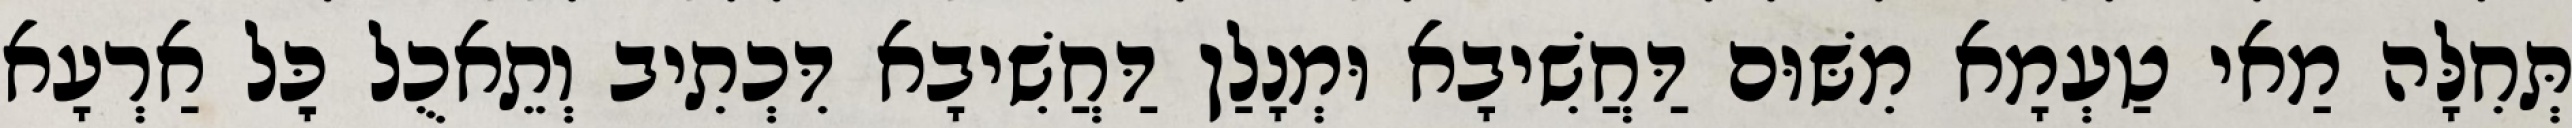
תְּחִלָּה מַאי טַעְמָא מִשּׁוּם דַּחֲשִׁיבָא וּמְנָלַן דַּחֲשִׁיבָא דִּכְתִיב וְתֵאכֻל כׇּל אַרְעָא